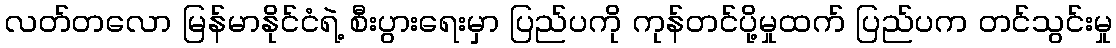
လတ်တလော မြန်မာနိုင်ငံရဲ့ စီးပွားရေးမှာ ပြည်ပကို ကုန်တင်ပို့မှုထက် ပြည်ပက တင်သွင်းမှု